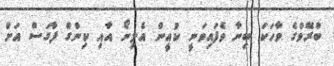
ބްރޭވްގެ ވާހަކަ ބިނާ ވެފައިވަނީ ކުއީން އެލިނޯ އާއި ކިންގް ފާގަސް އަށް